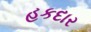
હકદાર